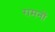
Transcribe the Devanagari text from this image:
रामनों